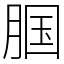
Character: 腘